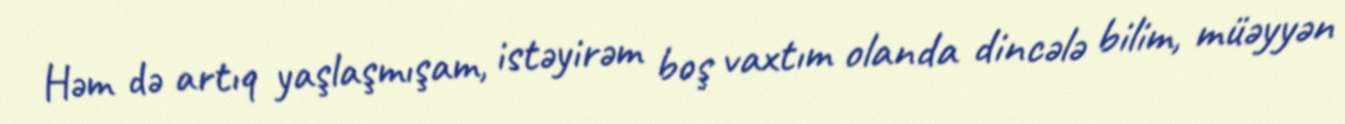
Həm də artıq yaşlaşmışam, istəyirəm boş vaxtım olanda dincələ bilim, müəyyən